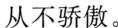
从不骄傲。